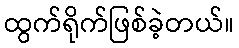
ထွက်ရိုက်ဖြစ်ခဲ့တယ်။